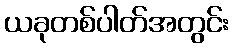
ယခုတစ်ပါတ်အတွင်း